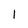
Character: 1